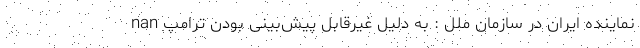
nan نماینده ایران در سازمان ملل : به دلیل غیرقابل پیش‌بینی بودن ترامپ